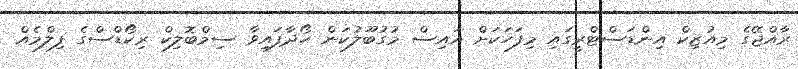
ރާއްޖޭގެ މިއުޒިކް އިންޑަސްޓްރީގައި މިފަހަކަށް އައިސް މުގުބޫލުކަން ހޯދާފައިވާ ސިމްބޮލިކް ރިކޯޑްސްގެ ފިލްމެއްް